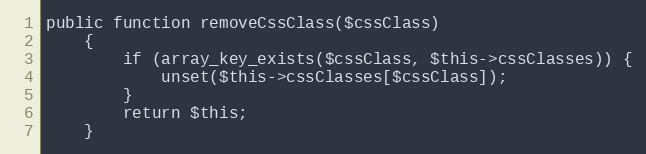
Language: PHP
public function removeCssClass($cssClass)
    {
        if (array_key_exists($cssClass, $this->cssClasses)) {
            unset($this->cssClasses[$cssClass]);
        }
        return $this;
    }